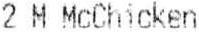
2 M MCCHICKEN